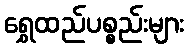
ရွှေထည်ပစ္စည်းများ